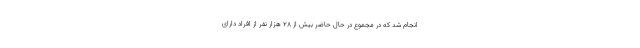
انجام شد که در مجموع در حال حاضر بیش از ۲۸ هزار نفر از افراد دارای